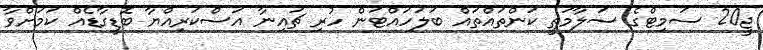
ޖީ20 ސަމިޓްގެ ސަލާމަތީ ކަންތައްތައް ބަލަހައްޓަން ހުރި ޗައިނާ އަސްކަރިއްޔާ ބޮޑީގާޑެއް ކަމަށްވާ